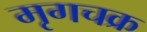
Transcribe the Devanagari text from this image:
मृगचक्र